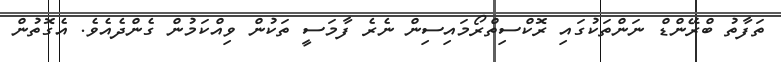
ތަފާތު ބްރޭންޑް ނަންތަކުގައި ރޮކްސިތްރޯމައިސިން ނެރެ ފާމަސީ ތަކުން ވިއްކަމުން ގެންދެއެވެ. އެގޮތުން